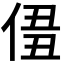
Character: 𠊣